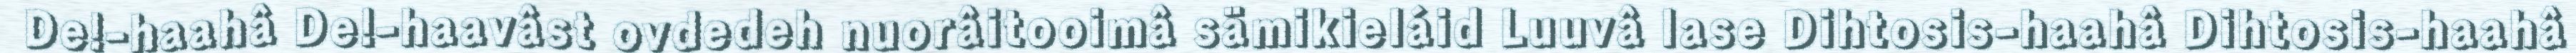
De!-haahâ De!-haavâst ovdedeh nuorâitooimâ sämikieláid Luuvâ lase Dihtosis-haahâ Dihtosis-haahâ